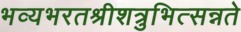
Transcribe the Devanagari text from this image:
भव्यभरतश्रीशत्रुभित्सन्नते